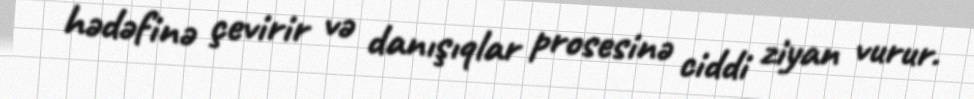
hədəfinə çevirir və danışıqlar prosesinə ciddi ziyan vurur.